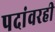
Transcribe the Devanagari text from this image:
पदांवरही